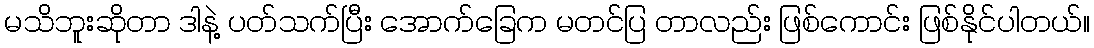
မသိဘူးဆိုတာ ဒါနဲ့ ပတ်သက်ပြီး အောက်ခြေက မတင်ပြ တာလည်း ဖြစ်ကောင်း ဖြစ်နိုင်ပါတယ်။